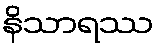
နိသာရဿ